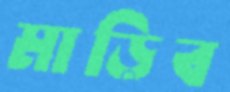
মাড়িব